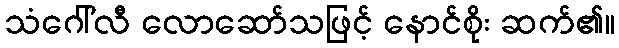
သံဂေါ်လီ လောဆော်သဖြင့် နောင်စိုး ဆက်၏။